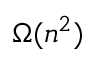
\Omega ( n ^ { 2 } )